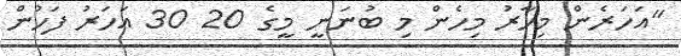
"އަހަރެން މިހާރު މިހެން މި ބުނަނީ މީގެ 20 30 އަހަރު ފަހުން